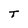
Character: T